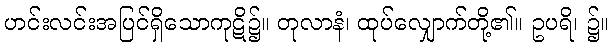
ဟင်းလင်းအပြင်ရှိသောကုဋိ၌။ တုလာနံ၊ ထုပ်လျှောက်တို့၏။ ဥပရိ၊ ၌။